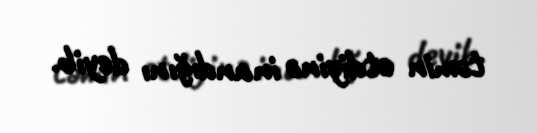
təmin etdiyinə inandığını deyib.